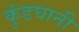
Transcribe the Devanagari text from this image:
कुंडघानी